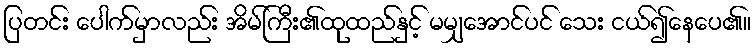
ပြတင်း ပေါက်မှာလည်း အိမ်ကြီး၏ထုထည်နှင့် မမျှအောင်ပင် သေး ငယ်၍နေပေ၏။